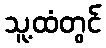
သူ့ထံတွင်